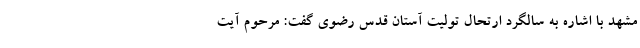
مشهد با اشاره به سالگرد ارتحال تولیت آستان قدس رضوی گفت: مرحوم آیت